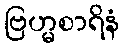
ဗြဟ္မစာရိနံ